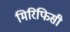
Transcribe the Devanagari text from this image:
मिरिफिसी